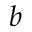
b